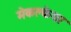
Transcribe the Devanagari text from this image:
मेकक्लेयर